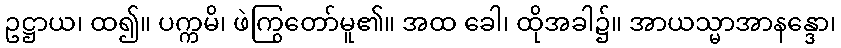
ဥဋ္ဌာယ၊ ထ၍။ ပက္ကမိ၊ ဖဲကြွတော်မူ၏။ အထ ခေါ၊ ထိုအခါ၌။ အာယသ္မာအာနန္ဒော၊